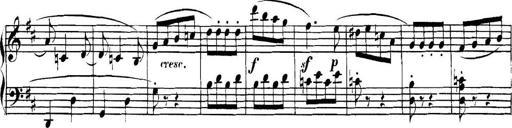
Title: Collected Piano Sonatas
Composer: Muzio Clementi